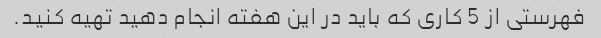
فهرستی از 5 کاری که باید در این هفته انجام دهید تهیه کنید.